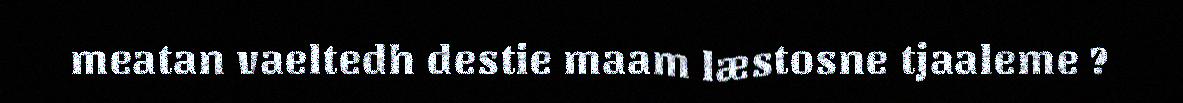
meatan vaeltedh destie maam læstosne tjaaleme ?